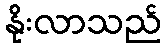
နိုးလာသည်